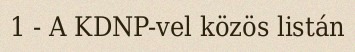
1 - A KDNP-vel közös listán